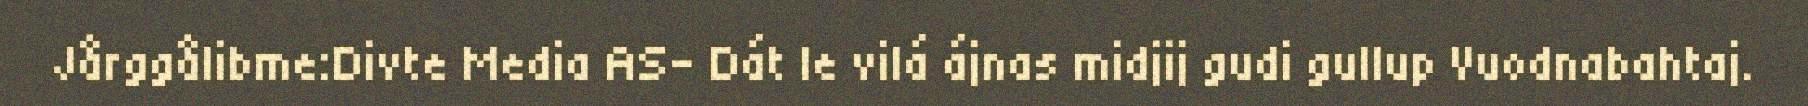
Jårggålibme:Divte Media AS- Dát le vilá ájnas midjij gudi gullup Vuodnabahtaj.